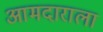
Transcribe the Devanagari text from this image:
आमदाराला